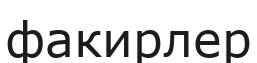
факирлер